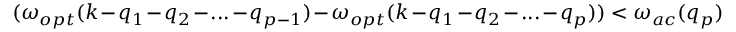
( \omega _ { o p t } ( k - q _ { 1 } - q _ { 2 } - . . . - q _ { p - 1 } ) - \omega _ { o p t } ( k - q _ { 1 } - q _ { 2 } - . . . - q _ { p } ) ) < \omega _ { a c } ( q _ { p } )